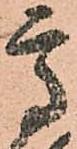
高